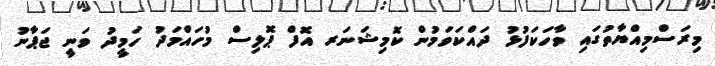
މިރަސްމިއްޔާތުގައި ވާހަކަފުޅު ދައްކަވަމުން ކޮމިޝަނަރ އޮފް ޕޮލިސް މުހައްމަދު ހަމީދު ވަނީ ޖަޕާނު